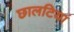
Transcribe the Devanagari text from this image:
छालटियां